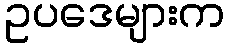
ဥပဒေများက